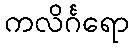
ကလိင်္ဂရော